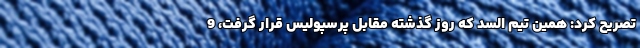
تصریح کرد: همین تیم السد که روز گذشته مقابل پرسپولیس قرار گرفت، 9